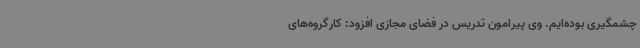
چشمگیری بوده‌ایم. وی پیرامون تدریس در فضای مجازی افزود: کارگروه‌های